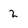
Character: 2